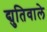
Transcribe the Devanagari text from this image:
द्युतिवाले